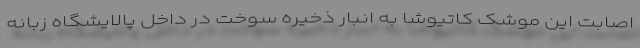
اصابت این موشکِ کاتیوشا به انبار ذخیره سوخت در داخل پالایشگاه زبانه